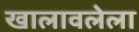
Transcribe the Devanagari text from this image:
खालावलेला